Report on vaccination in the Province of Bengal - 1874-1889
Year: 1874
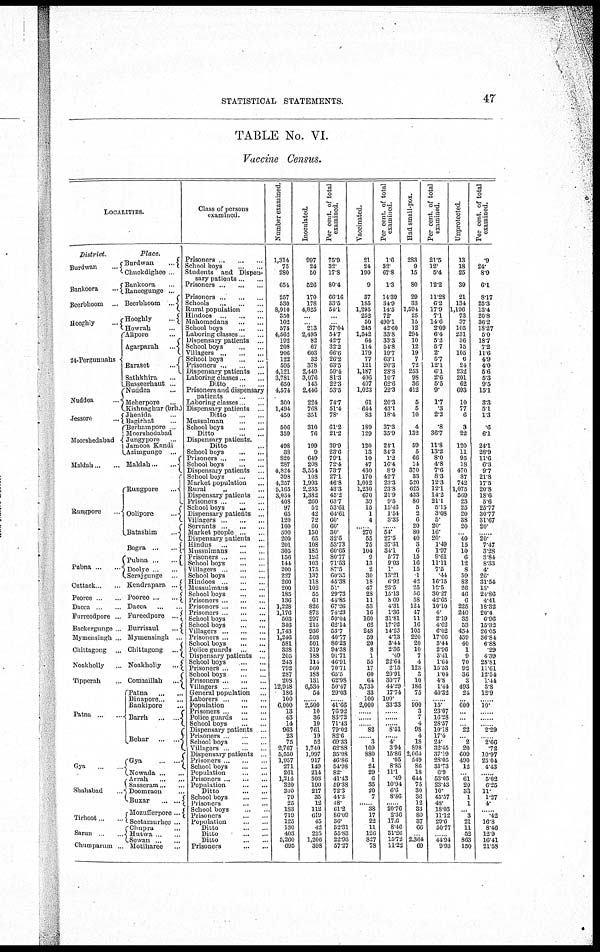
STATISTICAL STATEMENTS.
47
TABLE No. VI.
Vaccine Census.
LOCALITIES.
District.
Burdwan
...
Bankoora
...
Beerbhoom
...
Hooghly
...
24-Pergunuahs
Nuddea ...
Jessore
...
Moorshedabad
Maldah ... ...
Rungpore
Pubna
...
...
Cuttack ...
Pooree ... ...
Dacca ...
Furreedpore ...
Backergunge
Mymensingh ..
Chittagong
...
Noakholly ...
Tipperah ...
Patna...
...
Gya
Shahabad ...
Tirhoot
Sarun
Chumparum ...
Place.
Burdwan
...
Chuckdighee ...
Bankoora ...
Raneegunge ...
Beerbhoom
...
Hooghly
...
Howrah ...
Alipore ...
Agarparah...
Baraset
...
Sathkhira...
Busseerhaut ...
Nuddea ...
Meherpore ...
Kishnaghar (brh.)
Jhenida ...
Bagirhat ...
Berhampore ...
Moorshedabad ...
Jungypore ...
Jamooa Kandi
Azimgunge
...
Maldah ... ...
Rungpore
...
Oolipore
..
Batashim
...
Bogra
...
...
Pubna ...
...
Doolve ... ...
Serajgunge ...
Kendrapara ...
Pooree...
...
Dacca ...
Fureedpore
...
Burrisaul
...
Mymensingh ...
Chittagong ...
Noakholly
...
Commillah
...
Patna
...
...
Dinapore ... ...
Bankipore ...
Barrh ... ...
Behar
...
...
Gya ... ...
Nowada ... ...
Arrah
...
...
Sasseram...
...
Doomraon ...
Buxar
...
...
Mozufferpore...
Seetamurhee ...
Chupra ...
Hutwa ...
Sewan ... ...
Motiharee ...
Class of persons
examined.
Prisoners...
...
...
School boys
...
...
Students and Dispen¬
sary patients ... ...
Prisoners ... ... ...
Prisoners...
...
...
Schools
...
...
...
Rural population ...
Hindoos ... ... ...
Mahomedans
...
...
School boys
...
...
Laboring classes ...
Dispensary patients ...
School boys ... ...
Villagers ... ... ...
School boys
...
...
Prisoners ... ... ...
Dispensary patients ...
Laboring classes ... ...
Ditto ... ...
Prisoners and dispensary
patients ... ...
Laboring classes ...
Dispensary patients ...
Ditto ... ...
Mussulman ... ...
School boys
...
...
Ditto
...
...
Dispensary patients.
Ditto
School boys
...
...
Prisoners ... ... ...
School boys ... ...
Dispensary patients ...
School boys ...
Market population ...
Rural
„ ...
Dispensary patients ...
Prisoners ... ... ...
School boys ... ...
Dispensary patients ...
Villagers ... ... ...
Servants ... ... ...
Market people ... ...
Dispensary patients ...
Hindus
...
...
...
Mussulmans ... ...
Prisoners ... ... ...
School boys
...
...
Villagers ... ... ...
School boys
...
...
Hindoos ... ... ...
Mussulmans
...
...
School boys
...
...
Prisoners ... ... ...
Prisoners ... ... ...
Prisoners ... ...
School boys
...
...
School boys
...
...
Villagers ... ... ...
Prisoners ... ... ...
School boys
...
...
Police guards ... ...
Dispensary patients ...
School boys
...
...
Prisoners ... ... ...
School boys ... ...
Prisoners ... ... ...
Villagers ... ... ...
General population ...
Laborers ... ... ...
Population
...
...
Prisoners ... ... ...
Police guards
...
...
School boys ... ...
Dispensary patients ...
Prisoners ... ...
School boys
...
...
Villagers ... ...
Dispensary patients
Prisoners ... ... ...
School boys
...
...
Population ... ...
Prisoners...
...
...
Population
...
...
Ditto
...
...
School boys
...
...
Prisoners ... ...
School boys ... ...
Prisoners ... ...
Population ... ...
Ditto ... ...
Ditto ... ...
Ditto ... ...
Prisoners
...
...
Number examined.
1,314
75
280
654
257
530
8,910
350
102
575
4,562
192
208
906
122
595
4,121
3,7811
650
4,574
300
1,494
450
506
359
498
38
820
287
4,824
398
4,257
5,165
3,054
408
97
65
120
100
500
200
201
305
156
144
200
227
260
200
185
136
1,228
1,176
503
346
1,743
1,246
581
338
205
243
792
287
208
12,948
186
100
6,000
13
43
14
963
23
75
2,767
5,550
1,957
271
261
1,214
320
300
79
25
183
719
125
130
403
5,260
695
Inoculated.
997
24
50
526
170
178
4,825
...
... 213
2,495
82
67
603
32
378
2,449
3,076
145
2,446
224
768
351
310
76
199
9
649
208
3,554
108
1,993
2,235
1,382
260
52
42
72
60
150
65
108
185
126
103
175
137
118
102
55
61
826
873
297
215
936
508
501
319
188
114
560
188
131
6,534
54
... 2,500
10
36
10
761
19
52
1,740
1,997
917
149
214
503
190
217
35
12
112
619
45
42
225
1,206
398
Per cent. of total
examined.
75.9
32.
17.8
80.4
66.16
33.5
54.1
...
... 37.04
54.7
42.7
32.2
66.6
26.2
63. 5
59.4
81.3
22.3
53.5
74.7
51.4
78.
61.2
21.2
39.9
23.6
79.1
72.4
73.7
27.1
46.8
43.3
45.2
63.7
53.61
64.61
60.
60.
30.
32.5
53.73
60.65
80.77
71.53
87.5
60.35
45.38
51.
29.73
44.85
67.26
74.23
59.04
62.14
53.7
40.77
86.23
94.38
91.71
46.91
70.71
65.5
62.98
50.47
29.03
... 41.66
76.92
83.72
71.43
79.02
82.6
69.33
62.88
35.98
46.86
54.98
82.
41.43
59.38
72.3
44.3
48
61.2
86.09
36.
32.31
55.83
22.93
57.27
Vaccinated.
21
24
190
9
37
185
1,295
252
50
245
1,542
64
114
179
77
121
1,187
406
407
1,023
61
644
83
189
129
120
13
10
47
430
170
1,002
1,230
670
39
15
1
4
... 270
55
75
104
9
13
2
30
18
47
28
11
53
16
160
62
248
59
20
8
1
55
17
60
64
5,735
33
100
2,000
...... ......
...... 82
... 3
109
880
1
24
29
6
35
20
7
... 38
17
22
11
126
827
78
Per cent. of total
examined.
16
32.
67.8
1.3
14.39
34.9
14.5
72
490.1
42.60
33.8
33.3
54.8
19.7
63.1
20.3
28.8
10.7
62.6
22.3
20.3
43.1
18.4
37.3
35.9
24.1
34.2
1.2
16. 4
8.9
42.7
23.3
23.8
21.9
9.5
15.46
1.54
3.33
... 54.
27.5
37.31
34.1
5.77
9.03
1.
13.21
6.92
23.5
15.13
8.09
4.31
1.36
31.81
17.92
14.23
4.73
3.44
2.36
.49
22.64
2.15
20.91
30.77
44.29
17.74
100.
33.33
...... ......
...... 8.51
...... 4
3.94
15.86
.05
8.85
11.1
.49
10.94
6.6
8.86
... 20.76
2.36
17.6
8.46
31.26
15.72
11.22
Had small-pox.
283
9
15
80
29
33
1,594
25
15
12
294
10
12
19
7
72
253
98
36
412
5
5
10
4
132
59
5
66
14
370
33
520
625
433
86
5
2
6
20
80
40
3
6
15
16
15
1
42
25
56
58
124
47
11
16
105
220
20
10
7
4
123
3
10
186
75
... 900
3
7
4
98
4
18
898
2,064
549
86
18
644
75
30
36
12
33
80
37
66
... 2,364
69
Per cent. of total
examined.
21.5
12.
5.4
12.2
11.28
6.2
17.9
7.1
14.6
2.09
6.4
5.2
5.7
2.
5.7
12.1
6.1
2.6
5.5
9.
1.7
.3
2.2
.8
36.7
11.8
13.2
8.0
4.8
7.6
8.3
12. 3
12.1
14.2
21.1
5.15
3.08
5
20.
16.
20.
1.49
1.97
9.61
11.11
75
44
16.15
12.5
30.27
42.65
10.10
4.
2.19
4.62
6.02
17.66
3.44
2.96
3.41
1.64
15.53
1.04
4.8
1.44
40.32
... 15
23.07
16.28
28.57
10.18
17.4
24
32.45
37.19
28.05
31.73
6.9
53.05
23.43
10.
45.57
48.
18.03
11.12
29.6
50.77
... 44.94
9.93
Unprotected.
13
18
25
39
21
134
1,196
73
37
105
231
36
15
105
6
24
232
201
62
693
10
77
6
3
22
120
11
95
18
470
87
742
1,075
569
23
25
20
38
20
... 40
15
10
6
12
8
59
82
26
46
6
225
240
35
53
454
459
40
1
9
70
92
36
3
493
24
... 600
... ...
... 22
...... 2
20
609
490
12
... 61
20
33
1
1
... 3
21
11
52
863
150
Per cent. of total
examined.
.9
24.
8.9
6.1
8.17
25.3
13.4
20.8
36.2
18.27
5.0
18.7
7.2
11.6
4.9
4.0
5.6
5.3
9.5
15.1
3.3
5.1
1.3
.6
6.1
24.1
28.9
11.6
6.3
9.7
21.8
17.5
20.8
18.6
5.6
25.77
30.77
31.67
20.
... 20.
7.47
3.28
3.84
8.33
4
26.
31.54
13
24.86
4.41
18.32
20.4
6.96
15.32
26.05
36.84
6.88
29
4.39
28.81
11.61
12.54
1.44
3.8
12.9
... 10.
......
......
...... 2.29
...... 2.66
.72
10.97
25.04
4.43
...... 5.02
6.25
11.
1.27
4.
... .42
16.8
8.46
12.9
16.41
21.58